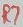
Text: R7